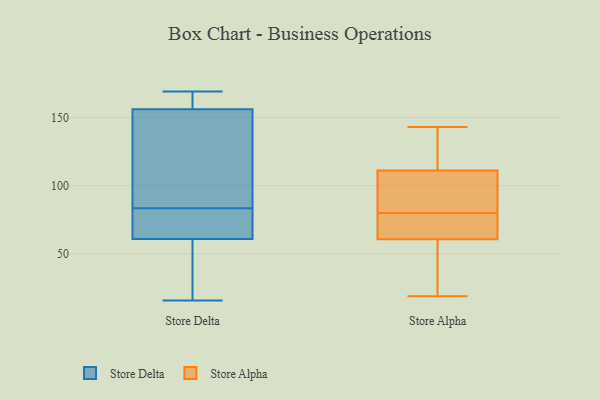
{"axis": {"x": "Waste Production (Tons)", "y": "Value"}, "legend": ["Store Alpha", "Store Delta"], "data": [{"x": "", "y": 156, "type": "Store Delta"}, {"x": "", "y": 169, "type": "Store Delta"}, {"x": "", "y": 168, "type": "Store Delta"}, {"x": "", "y": 66, "type": "Store Delta"}, {"x": "", "y": 61, "type": "Store Delta"}, {"x": "", "y": 16, "type": "Store Delta"}, {"x": "", "y": 94, "type": "Store Delta"}, {"x": "", "y": 41, "type": "Store Delta"}, {"x": "", "y": 73, "type": "Store Delta"}, {"x": "", "y": 109, "type": "Store Delta"}, {"x": "", "y": 68, "type": "Store Alpha"}, {"x": "", "y": 19, "type": "Store Alpha"}, {"x": "", "y": 97, "type": "Store Alpha"}, {"x": "", "y": 107, "type": "Store Alpha"}, {"x": "", "y": 48, "type": "Store Alpha"}, {"x": "", "y": 124, "type": "Store Alpha"}, {"x": "", "y": 48, "type": "Store Alpha"}, {"x": "", "y": 143, "type": "Store Alpha"}, {"x": "", "y": 77, "type": "Store Alpha"}, {"x": "", "y": 104, "type": "Store Alpha"}, {"x": "", "y": 80, "type": "Store Alpha"}, {"x": "", "y": 133, "type": "Store Alpha"}, {"x": "", "y": 130, "type": "Store Alpha"}, {"x": "", "y": 65, "type": "Store Alpha"}, {"x": "", "y": 85, "type": "Store Alpha"}, {"x": "", "y": 26, "type": "Store Alpha"}, {"x": "", "y": 76, "type": "Store Alpha"}]}